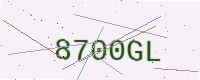
Text: 8700GL